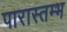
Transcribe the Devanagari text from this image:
पारास्तम्भ